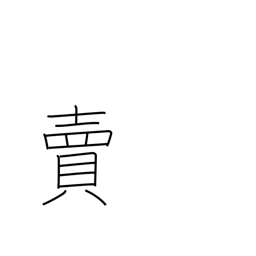
Meaning: betray